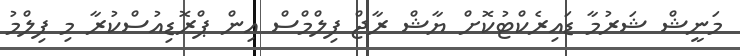
މަނީޝް ޝަރުމާ ޑައިރެކްޓުކޮށް ޔާޝް ރާޖް ފިލްމްސް އިން ޕްރޮޑިއުސްކުރާ މި ފިލްމު